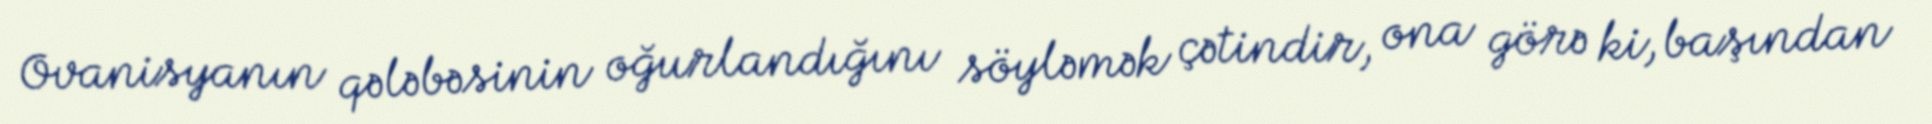
Ovanisyanın qələbəsinin oğurlandığını söyləmək çətindir, ona görə ki, başından